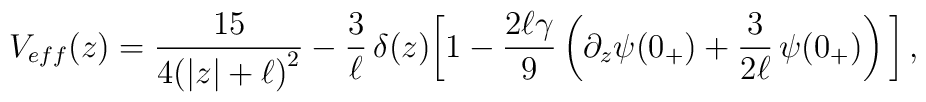
V_{eff}(z)=\frac{15}{4\big(|z|+\ell\big)^2}-\frac{3}{\ell}\,\delta(z)\bigg[1-\frac{2\ell\gamma}{9}\left(\partial_z\psi(0_+)+\frac{3}{2\ell}\,\psi(0_+)\right)\bigg]\,,